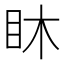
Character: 𥄢